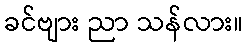
ခင်ဗျား ညာ သန်လား။